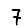
Digit: 7